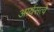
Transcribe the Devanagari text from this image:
आर्यसत्वे